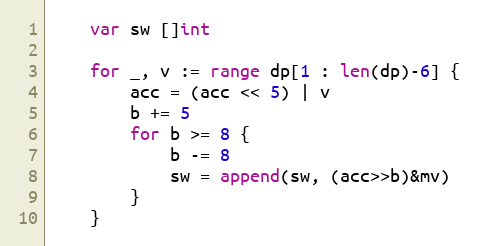
Language: Go
	var sw []int

	for _, v := range dp[1 : len(dp)-6] {
		acc = (acc << 5) | v
		b += 5
		for b >= 8 {
			b -= 8
			sw = append(sw, (acc>>b)&mv)
		}
	}